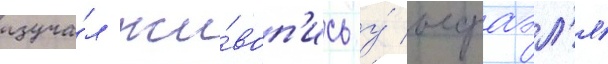
изуча́л жи́воп'ись у́ исраэл'я